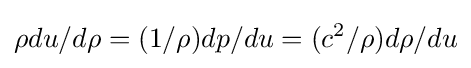
\rho du/d\rho =(1/\rho )dp/du=(c^{2}/\rho )d\rho /du